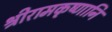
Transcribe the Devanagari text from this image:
श्रीरामकृष्णानि